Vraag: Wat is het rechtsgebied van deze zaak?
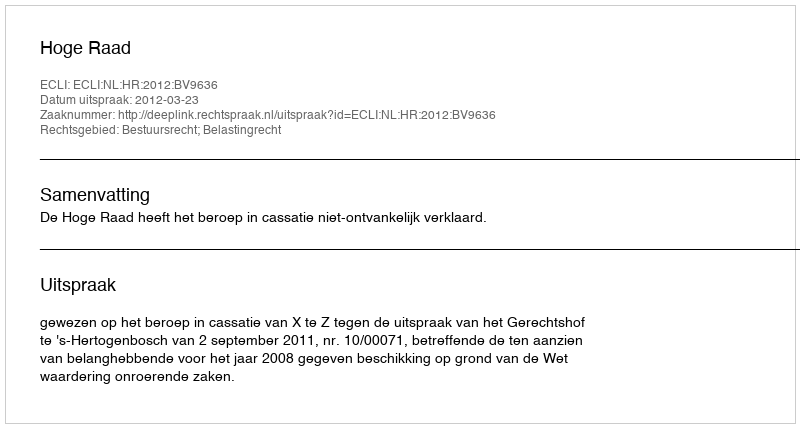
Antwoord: Bestuursrecht; Belastingrecht